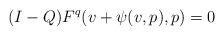
\begin{align*}(I-Q)F^q(v + \psi(v,p),p) = 0\end{align*}